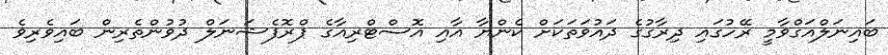
ބައިނަލްއަގްވާމީ ރޭހުގައި ދިރާގުގެ ދައުވަތަކަށް ކެންޔާ އާއި އޮސްޓްރިއާގެ ޕްރޮފެޝަނަލް ދުވުންތެރިން ބައިވެރިވެ